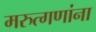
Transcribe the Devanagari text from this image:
मरुत्गणांना